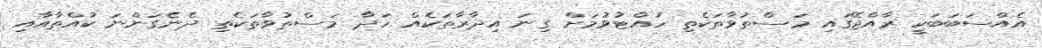
އެއްސަބަބަކީ ރާއްޖޭގައި މަސްތުވާތަކެތި ހުއްޓުވުމަށް ގިނަ އިދާރާތަކެއް ހަދާ މަސްތުވާތަކެތި ދެނެގަންނަ ކުއްތާއާއި